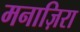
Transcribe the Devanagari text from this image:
मनाज़िरा